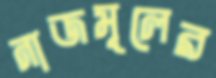
নাজমূলের